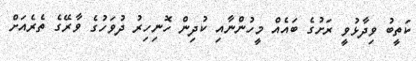
ކަތީބު ވިދާޅުވީ ރަށުގެ ބައެއް މީހުންނާއި ކުދިން ހޮނިހިރު ދުވަހުގެ ވާރޭގެ ތެރެއަށް